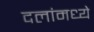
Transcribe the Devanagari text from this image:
दलांमध्ये